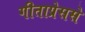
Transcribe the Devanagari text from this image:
गीताप्रेससे